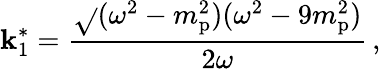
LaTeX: \mathbf{k}_{1}^{*}={\frac{{\sqrt{}{{(\omega^{2}-m_{\mathrm{{p}}}^{2})(\omega^{2}-9m_{\mathrm{{p}}}^{2})}}}}{{2\omega}}}\, ,